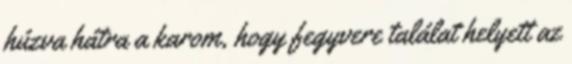
húzva hátra a karom, hogy fegyvere találat helyett az